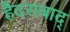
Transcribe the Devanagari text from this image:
हैदराबाद्